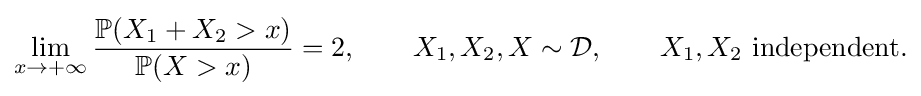
\lim _{x\to +\infty }{\frac {{\mathbb {P}}(X_{1}+X_{2}>x)}{{\mathbb {P}}(X>x)}}=2,\qquad X_{1},X_{2},X\sim {\cal {D}},\qquad X_{1},X_{2}{\hbox{ independent.}}